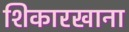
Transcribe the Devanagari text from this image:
शिकारखाना